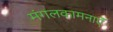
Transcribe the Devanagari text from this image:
मंगलकामनाएँ